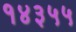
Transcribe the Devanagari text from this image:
१४३५५